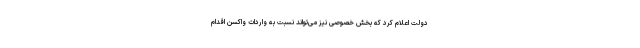
دولت اعلام کرد که بخش خصوصی نیز می‌تواند نسبت به واردات واکسن اقدام